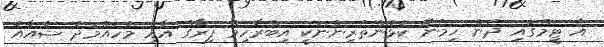
އެ ޓީމްގައި ދެން ހިމެނޭ ކުޅުންތެރިންނަކީ އިބްރާހިމް ފިރާގް އާއި މުހައްމަދު ޝުއާއު